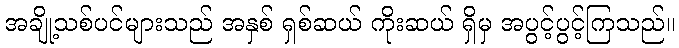
အချို့သစ်ပင်များသည် အနှစ် ရှစ်ဆယ် ကိုးဆယ် ရှိမှ အပွင့်ပွင့်ကြသည်။